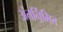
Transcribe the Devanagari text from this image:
अंतर्निमित